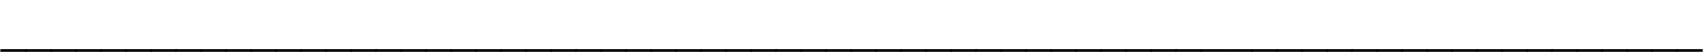
____________________________________________________________________